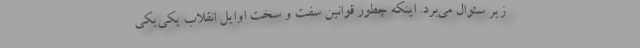
زیر سئوال می‌برد. اینکه چطور قوانین سفت و سخت اوایل انقلاب یکی‌یکی